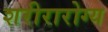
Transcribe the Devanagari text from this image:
शरीरारोग्य